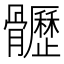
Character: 𩪸